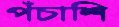
পঁচাশি